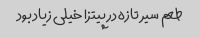
طعم سیر تازه در پیتزا خیلی زیاد بود